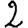
Digit: 2